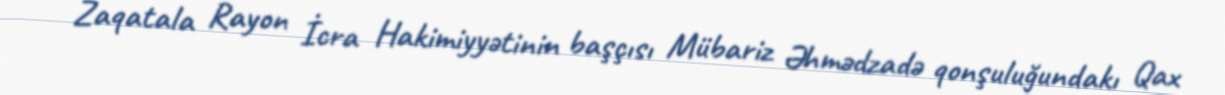
Zaqatala Rayon İcra Hakimiyyətinin başçısı Mübariz Əhmədzadə qonşuluğundakı Qax